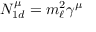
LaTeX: { \cal N } _ { 1 d } ^ { \mu } = m _ { \ell } ^ { 2 } \gamma ^ { \mu }